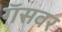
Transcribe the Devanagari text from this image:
गॅसवर